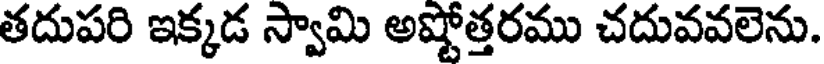
తదుపరి ఇక్కడ స్వామి అష్టోత్తరము చదువవలెను.